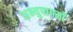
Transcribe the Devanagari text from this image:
अभ्युपागमों